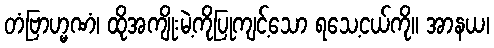
တံဗြာဟ္မဏံ၊ ထိုအကျိုးမဲ့ကိုပြုကျင့်သော ရသေ့ငယ်ကို။ အာနယ၊